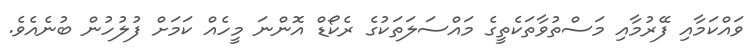
ވައްކަމާއި ފޭރުމާއި މަސްތުވާތަކެތީގެ މައްސަލަތަކުގެ ރެކޯޑް އޮންނަ މީހެއް ކަމަށް ފުލުހުން ބުނެއެވެ.